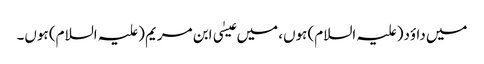
میں داؤد(علیہ السلام) ہوں، میں عیسٰی ابن مریم (علیہ السلام) ہوں۔